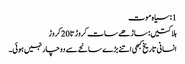
1: سیاہ موت
ہلاکتیں: ساڑھے سات کروڑ تا 20 کروڑ
انسانی تاریخ کبھی اتنے بڑے سانحے سے دوچار نہیں ہوئی۔